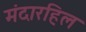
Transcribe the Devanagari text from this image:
मंदारहिल